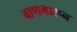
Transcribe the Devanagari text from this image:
बाणमारून